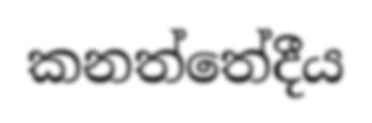
කනත්තේදීය